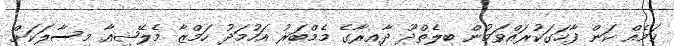
ކަމެއް ކަން ފާހަގަކުރައްވަމުން ބިލެތްދޫ ދާއިރާގެ މެމްބަރު އަހުމަދު ހަމްޒާ މެލޭޝިއާ މިސާލަކަށް